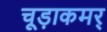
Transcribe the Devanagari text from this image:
चूड़ाकमर्